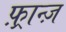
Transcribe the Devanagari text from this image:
फ़्रान्ज़